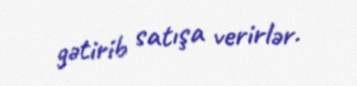
gətirib satışa verirlər.